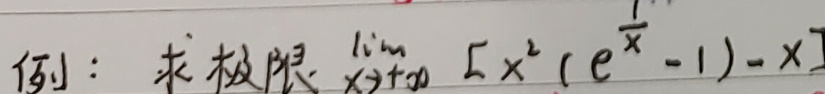
例：求极限\(\lim_{x \to 0} [x^2(e^{\frac{1}{x}} - 1) - x]\)